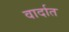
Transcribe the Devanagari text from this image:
वार्दात